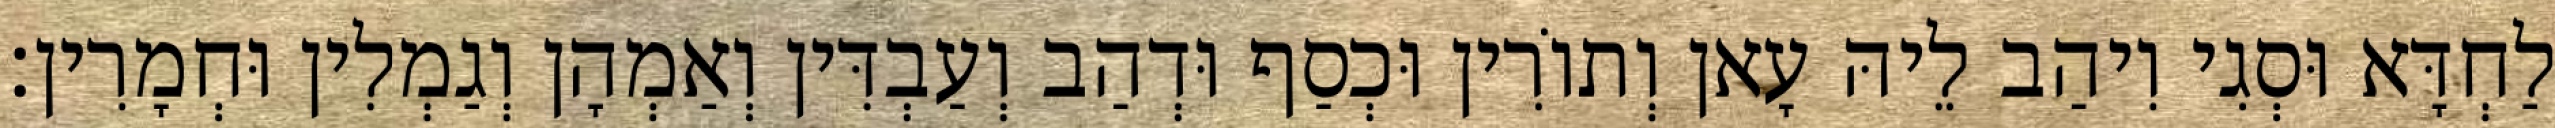
לַחְדָּא וּסְגִי וִיהַב לֵיהּ עָאן וְתוֹרִין וּכְסַף וּדְהַב וְעַבְדִּין וְאַמְהָן וְגַמְלִין וּחְמָרִין׃